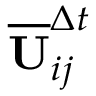
\overline { { \mathbf { U } } } _ { i j } ^ { \Delta t }